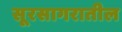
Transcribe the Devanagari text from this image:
सूरसागरातील